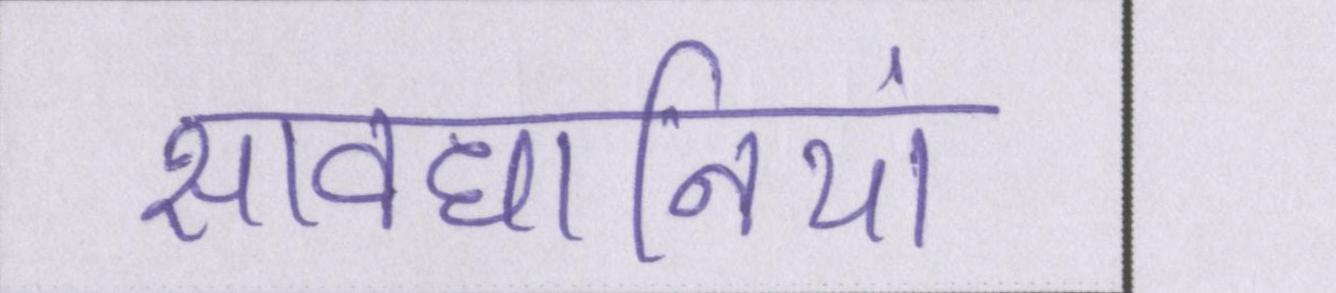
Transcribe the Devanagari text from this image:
सावधानियां